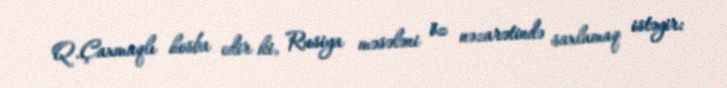
Q.Çaxmaqlı hesba edir ki, Rusiya məsələni öz nəzarətində saxlamaq istəyir: